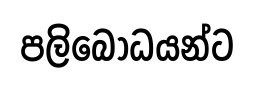
පලිබෝධයන්ට